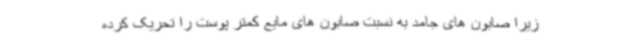
زیرا صابون های جامد به نسبت صابون های مایع کمتر پوست را تحریک کرده